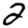
Digit: 2